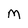
Character: m